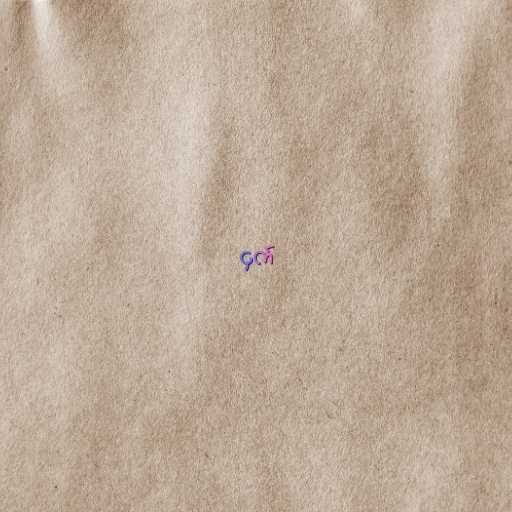
ငှက်